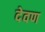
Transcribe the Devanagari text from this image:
देवण